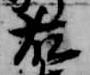
藤